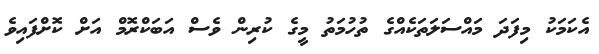
އެކަމަކު މިފަދަ މައްސަލަތަކެއްގެ ތުހުމަތު މީގެ ކުރިން ވެސް އަބަކްރޮމް އަށް ކޮށްފައިވެ